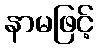
နာမဖြင့်